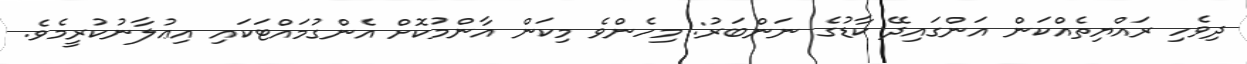
ދިވެހި ރައްޔިތެއްކަން އަންގައިދޭ ކާޑުގެ ނަންބަރު: މިހެންވެ މިކަން އާންމުކޮށް އެންގުމައްޓަކައި އިޢުލާނުކުރީމެވެ.